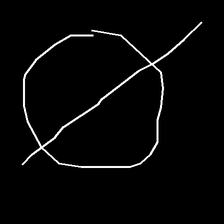
Glyph: orb